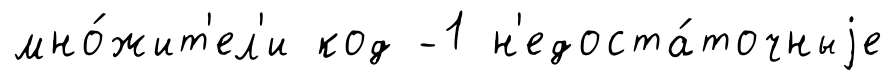
мно́жит'ел'и код -1 н'едоста́точныjе